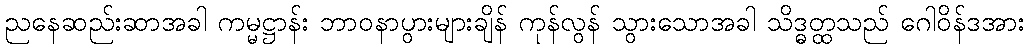
ညနေဆည်းဆာအခါ ကမ္မဋ္ဌာန်း ဘာဝနာပွားများချိန် ကုန်လွန် သွားသောအခါ သိဒ္ဓတ္ထသည် ဂေါဝိန်ဒအား